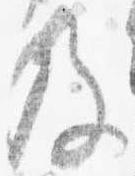
及